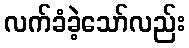
လက်ခံခဲ့သော်လည်း